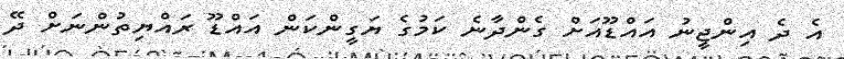
އެ ދެ އިންޖީނު އައްޑޫއަށް ގެންދާނެ ކަމުގެ ޔަގީންކަން އައްޑޫ ރައްޔިތުންނަށް ދޭ